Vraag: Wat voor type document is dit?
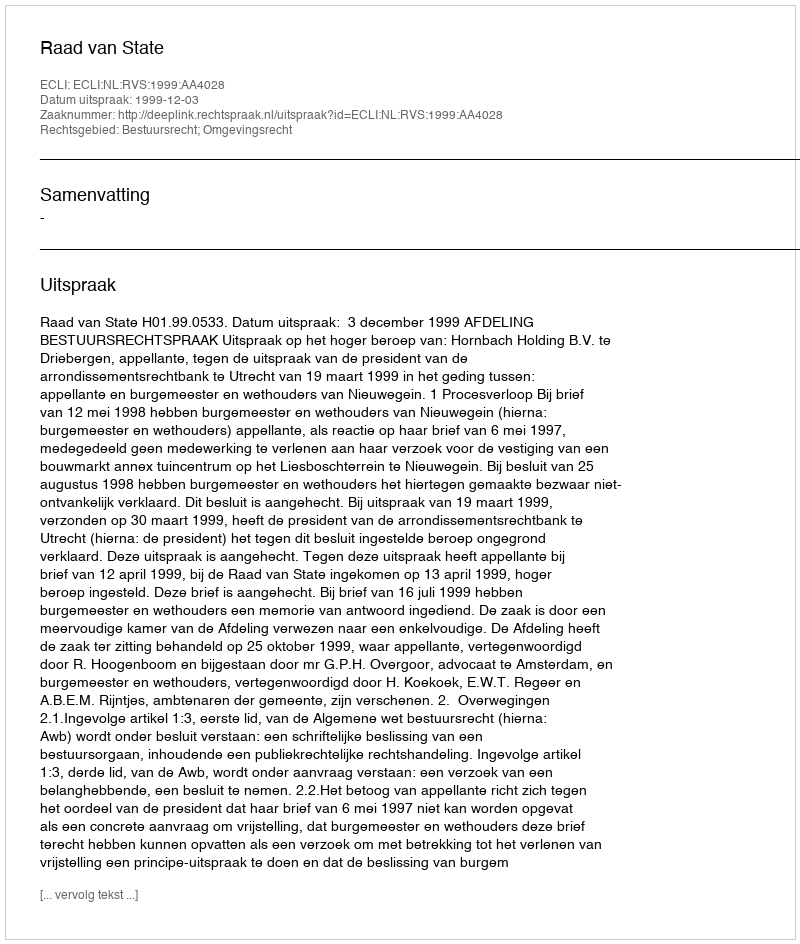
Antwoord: Uitspraak